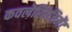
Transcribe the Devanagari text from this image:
कवलेरिरेजिमेंट